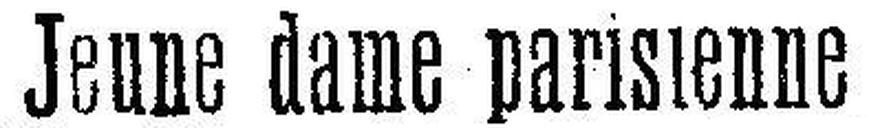
Jeune dame parisienne